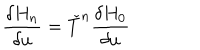
LaTeX: { \frac { \delta H _ { n } } { \delta u } } = { \check { T } } ^ { n } { \frac { \delta H _ { 0 } } { \delta u } }